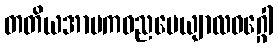
တတိယအာမကဓညပေယျာလဝဂ္ဂေါ